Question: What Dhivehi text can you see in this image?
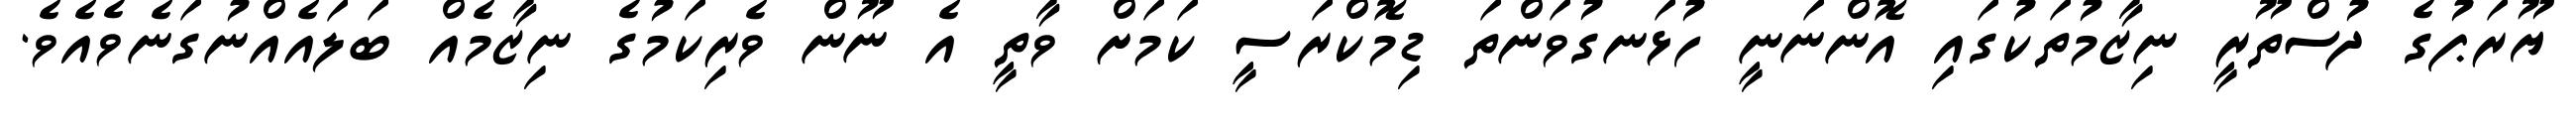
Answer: ޔޫރަޕުގެ ދުސްތޫރީ ނިޒާމުތަކުގައި އޮންނަނީ ހުޅަނގުވަންތަ ޑިމޮކްރަސީ ކަމަށް ވާތީ އެ ނޫން ވެރިކަމުގެ ނިޒާމެއް ބަލައެއްނުގަނެވެއެވެ.